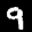
Label: 9